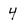
Character: 4